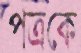
পত্রকে